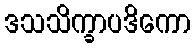
ဒသသိက္ခာပဒိကော